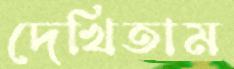
দেখিতাম